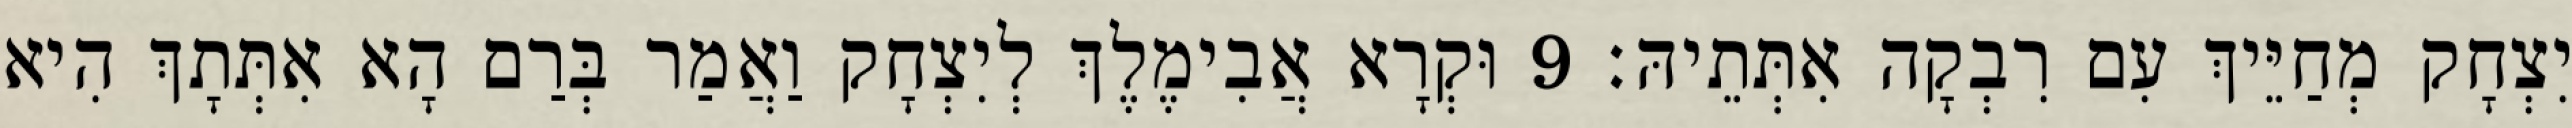
יִצְחָק מְחַיֵּיךְ עִם רִבְקָה אִתְּתֵיהּ׃ 9 וּקְרָא אֲבִימֶלֶךְ לְיִצְחָק וַאֲמַר בְּרַם הָא אִתְּתָךְ הִיא